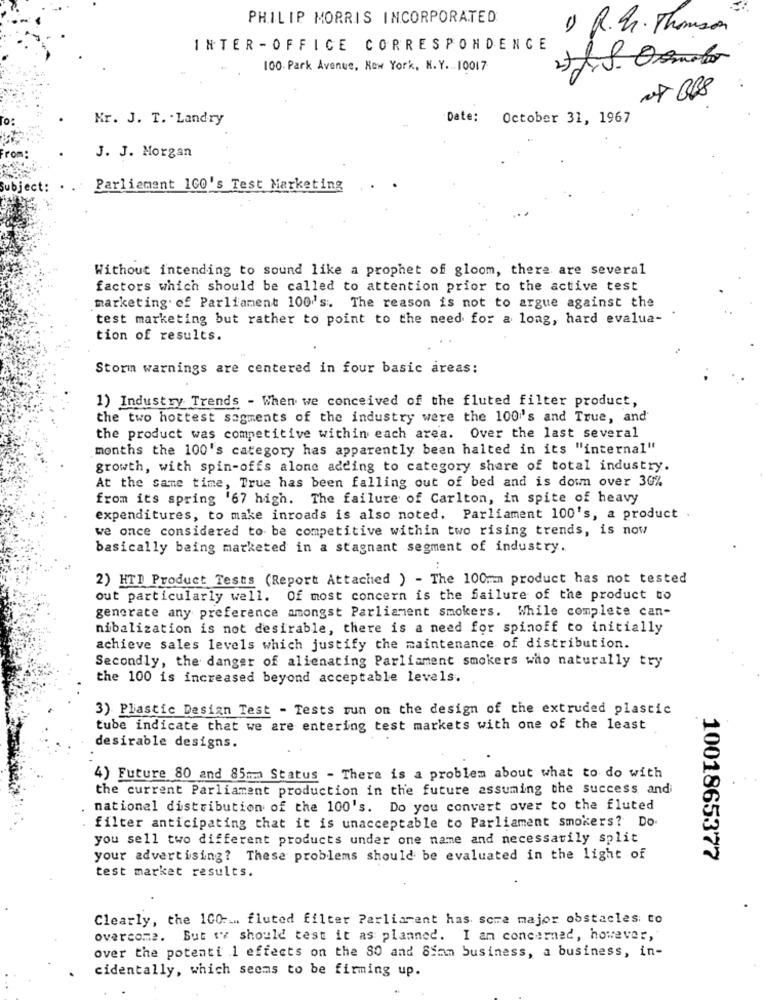
PHILIP MORRIS INCORPORATED
1) R.G. Thomson
INTER - OFFICE CORRESPONDENCE
4
100. Park Avenue, New York, N. Y ... 10017
Mr. J. T. · Landry
Date:
October 31, 1967
J. J. Morgan
Parliament ICO's Test Marketing
Without intending to sound like a prophet of gloom, there are several
factors which should be called to attention prior to the active test
marketing. of Parliament 100's. The reason is not to argue against the
test marketing but rather to point to the need for a long, hard evalua-
tion of results.
Storm warnings are centered in four basic areas:
1) Industry Trends - When we conceived of the fluted filter product,
the two hottest segments of the industry were the 100's and True, and
the product was competitive within each area. Over the last several
months the 100's category has apparently been halted in its "internal"
growth, with spin-offs alone adding to category share of total industry.
At the same time, True has been falling out of bed and is down over 30%
from its spring '67 high. The failure of Carlton, in spite of heavy
expenditures, to make inroads is also noted. Parliament 100's, a product
we once considered to be competitive within two rising trends, is now
basically being marketed in a stagnant segment of industry.
2) HTI Product Tests (Report Attached ) - The 100mm product has not tested
out particularly well. Of most concern is the failure of the product to
generate any preference amongst Parliament smokers. While complete can-
nibalization is not desirable, there is a need for spinoff to initially
achieve sales levels which justify the maintenance of distribution.
Secondly, the danger of alienating Parliament smokers who naturally try
the 100 is increased beyond acceptable levels.
3) Plastic Design Test - Tests run on the design of the extruded plastic
tube indicate that we are entering test markets with one of the least
desirable designs.
4) Future 80 and 85mm Status - There is a problem about what to do with
the current Parliament production in the future assuming the success and
national distribution of the 100's. Do you convert over to the fluted
filter anticipating that it is unacceptable to Parliament smokers? Do.
you sell two different products under one name and necessarily split
your advertising? These problems should be evaluated in the light of
1001865377
test market results.
Clearly, the 100 :... fluted filter Parliament has some major obstacles. to
overcome. But we should test it as planned. I am concerned, however,"
over the potenti 1 effects on the 80 and Simm business, a business, in-
cidentally, which seems to be firming up.